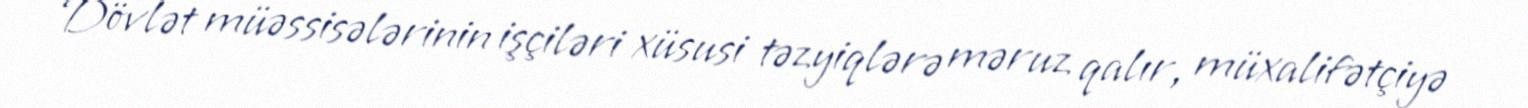
Dövlət müəssisələrinin işçiləri xüsusi təzyiqlərə məruz qalır, müxalifətçiyə